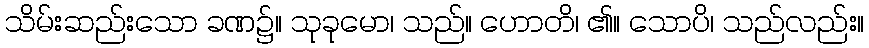
သိမ်းဆည်းသော ခဏ၌။ သုခုမော၊ သည်။ ဟောတိ၊ ၏။ သောပိ၊ သည်လည်း။